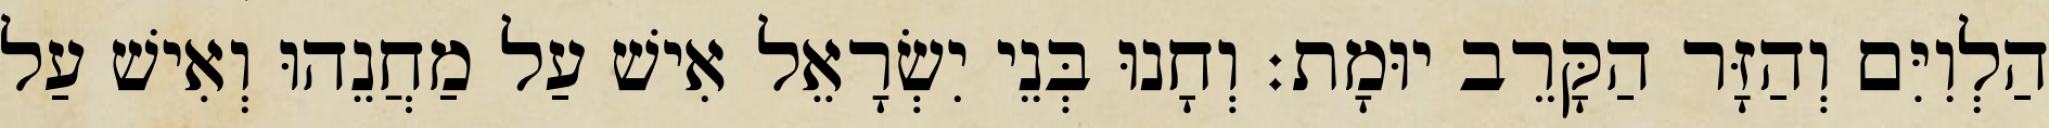
הַלְוִיִּם וְהַזָּר הַקָּרֵב יוּמָת׃ וְחָנוּ בְּנֵי יִשְׂרָאֵל אִישׁ עַל מַחֲנֵהוּ וְאִישׁ עַל